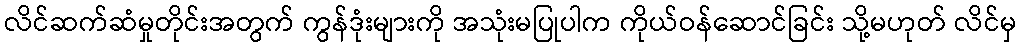
လိင်ဆက်ဆံမှုတိုင်းအတွက် ကွန်ဒုံးများကို အသုံးမပြုပါက ကိုယ်ဝန်ဆောင်ခြင်း သို့မဟုတ် လိင်မှ